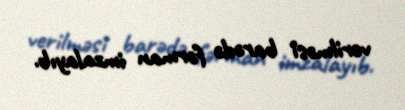
verilməsi barədə fərman imzalayıb.